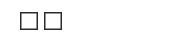
٣٨